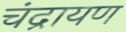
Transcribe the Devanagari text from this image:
चंद्रायण